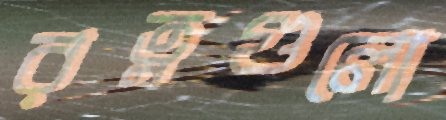
রত্নগুলো